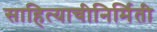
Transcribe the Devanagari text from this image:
साहित्याचीनिर्मिती